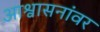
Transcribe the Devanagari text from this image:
आश्वासनांवर